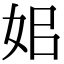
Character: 㚶